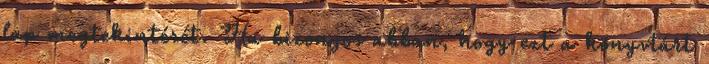
lap megtekintését. Ha bizonyos abban, hogy ezt a könyvtárt